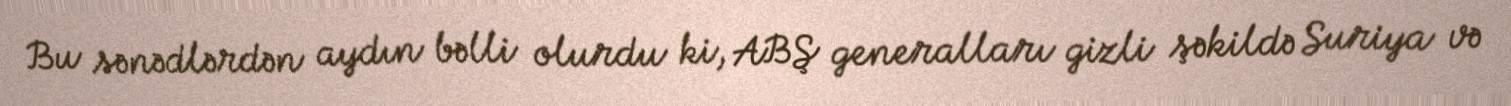
Bu sənədlərdən aydın bəlli olurdu ki, ABŞ generalları gizli şəkildə Suriya və